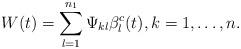
LaTeX: \begin{align*}W (t)=\sum_{l=1}^{n_1}\Psi_{kl} \beta^c_l(t), k=1,\dots,n.\end{align*}